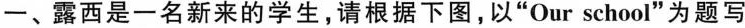
一、露西是一名新来的学生，请根据下图，以”Our school”为题写